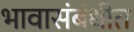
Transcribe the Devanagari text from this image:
भावासंबंधीत